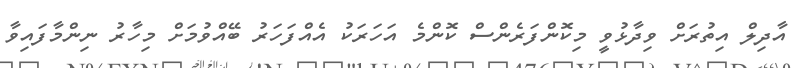
އާދިލް އިތުރަށް ވިދާޅުވީ މިކޮންފަރެންސް ކޮންމެ އަހަރަކު އެއްފަހަރު ބޭއްވުމަށް މިހާރު ނިންމާފައިވާ